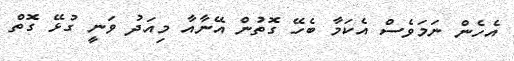
އެހެން ނަމަވެސް އެކަމާ ބެހޭ ގޮތުން އޭނާއާ މިއަދު ވަނީ ގުޅޭ ގޮތް